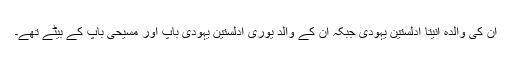
ان کی والدہ انیتا ادلستین یہودی جبکہ ان کے والد یوری ادلستین یہودی باپ اور مسیحی باپ کے بیٹے تھے۔